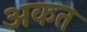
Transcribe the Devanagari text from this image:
अकत